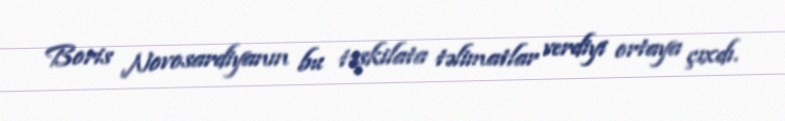
Boris Novosardiyanın bu təşkilata təlimatlar verdiyi ortaya çıxdı.